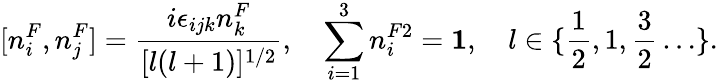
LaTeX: [n_{i}^{F},n_{j}^{F}]=\frac{i\epsilon_{ijk}n_{k}^{F}}{[l(l+1)]^{1/2}},\quad\sum_{i=1}^{3}n_{i}^{F2}={\mathbf 1},\quad l\in\{ \frac{1}{2},1,\frac{3}{2}\ldots\} .